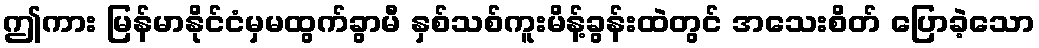
ဤကား မြန်မာနိုင်ငံမှမထွက်ခွာမီ နှစ်သစ်ကူးမိန့်ခွန်းထဲတွင် အသေးစိတ် ပြောခဲ့သော